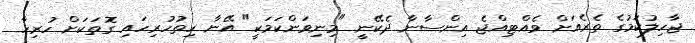
ޖާހިލުކަމުގެ ތެރެއަށް ވެއްޓިއްޖެ އިންސާނާ ދެކޭނީ "މިނިވަންކަމަކީ" އޭނާ ހިތުހުރިހައި ގޮތަކަށް ހުރިހާ